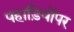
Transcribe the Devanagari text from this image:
पहाड़ियोंपर